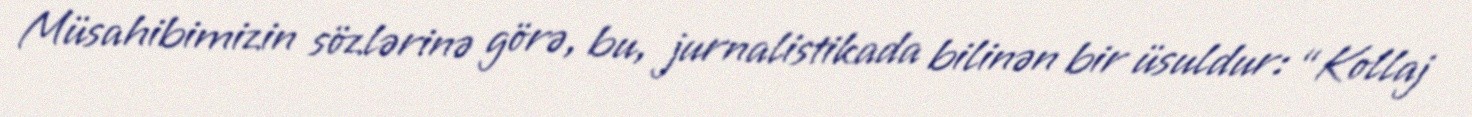
Müsahibimizin sözlərinə görə, bu, jurnalistikada bilinən bir üsuldur: “Kollaj